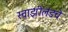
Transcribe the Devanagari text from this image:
स्वाझीलंडचे